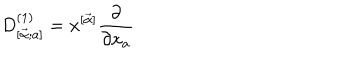
D _ { [ \vec { \alpha } ; a ] } ^ { ( 1 ) } = x ^ { [ \vec { \alpha } ] } \frac { \partial } { \partial x _ { a } }